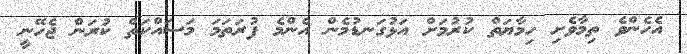
އެހެންވެ ތިމާވެށި ހިމާޔަތް ކުރުމަށް އަޅުގަނޑުމެން އެންމެ ފުރަތަމަ މަސައްކަތް ކުރަން ޖެހޭނީ